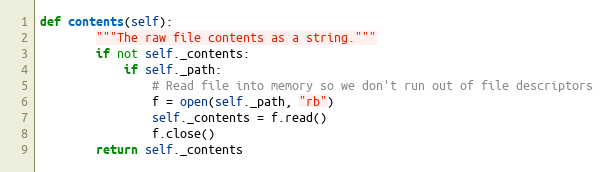
Language: Python
def contents(self):
        """The raw file contents as a string."""
        if not self._contents:
            if self._path:
                # Read file into memory so we don't run out of file descriptors
                f = open(self._path, "rb")
                self._contents = f.read()
                f.close()
        return self._contents